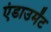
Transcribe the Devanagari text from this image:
एंडाउमेंट